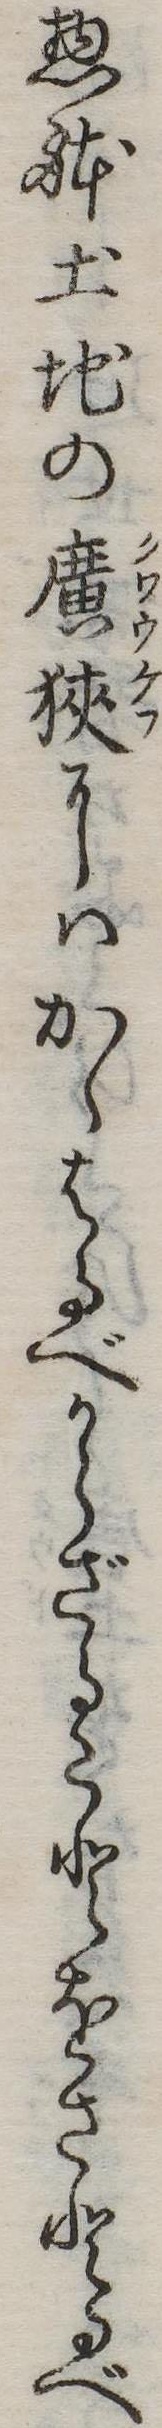
惣体土地の広狭にはかゝはるべからざることをさとるべ